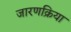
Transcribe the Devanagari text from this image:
जारणक्रिया